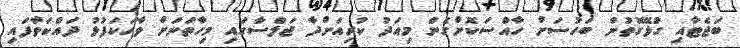
ބަޖެޓާއި ގުޅޭގޮތުން ބަހުސަށް ހާއްސަކޮށްގެން މިއަދު ކުރިއަށްދާ ޖަލްސާގައި މިހާތަނަށް ވާހަކަފުޅު ދައްކަވާފައި